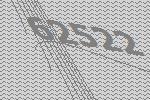
62522